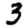
Digit: 3